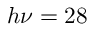
h \nu = 2 8